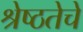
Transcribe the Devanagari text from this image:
श्रेष्ठतेचे